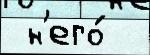
 н'его́